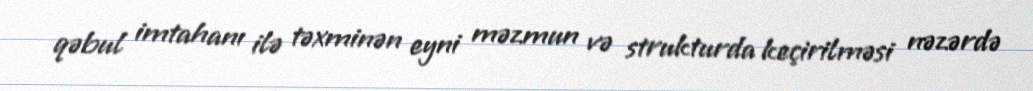
qəbul imtahanı ilə təxminən eyni məzmun və strukturda keçirilməsi nəzərdə